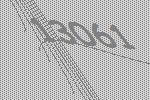
13061